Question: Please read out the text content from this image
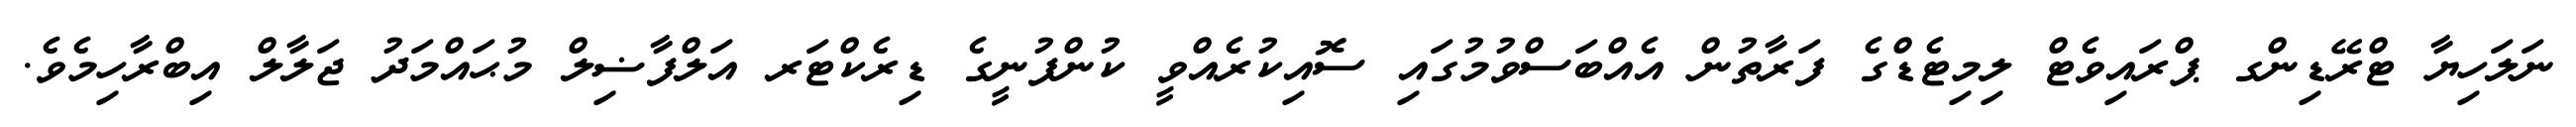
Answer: ނަލަހިޔާ ޓްރޭޑިންގ ޕްރައިވެޓް ލިމިޓެޑްގެ ފަރާތުން އެއްބަސްވުމުގައި ސޮއިކުރެއްވީ ކުންފުނީގެ ޑިރެކްޓަރ އަލްފާޟިލް މުޙައްމަދު ޖަލާލް އިބްރާހިމެވެ.